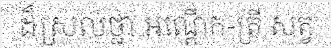
ដ៏ស្រល់ថ្លា អណ្តើក-ត្រី សត្វ